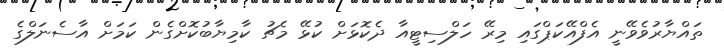
ތައްޔާރުވެވޭނީ އެފްއޭކަޕްގައި މިރޭ ހަލްސިޓީއާ ދެކޮޅަށް ކުޅޭ މެޗު ކާމިޔާބުކޮށްގެން ކަމަށް އާސެނަލްގެ